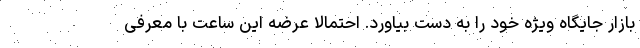
بازار جایگاه ویژه خود را به دست بیاورد. احتمالا عرضه این ساعت با معرفی